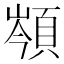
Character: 䫈